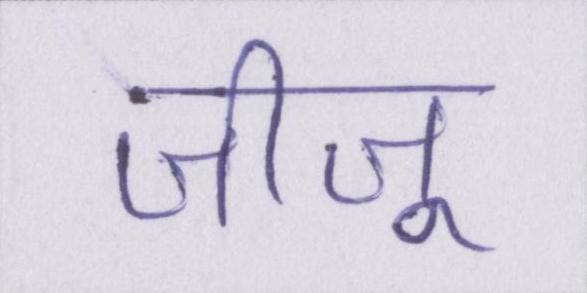
जीजू